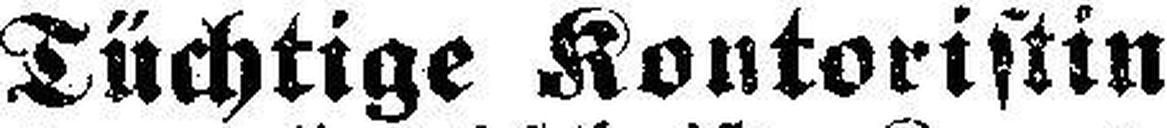
Tüchtige Kontoristin